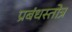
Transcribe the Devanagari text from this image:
प्रबंधस्तोत्र